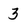
Character: 3